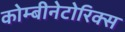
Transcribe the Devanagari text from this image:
कोम्बीनेटोरिक्स